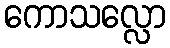
ကောသလ္လော